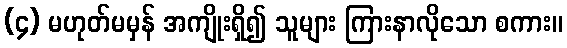
(၄) မဟုတ်မမှန် အကျိုးရှိ၍ သူများ ကြားနာလိုသော စကား။